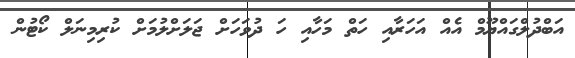
އަބްދުލްގައްޔޫމް އެއް އަހަރާއި ހަތް މަހާއި ހަ ދުވަހަށް ޖަލަށްލުމަށް ކުރިމިނަލް ކޯޓުން